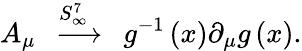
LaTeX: A_{\mu}\stackrel{\; \; S_{\infty}^{7}\quad}{\longrightarrow}g^{-1}\left(x\right)\partial_{\mu}g\left(x\right).